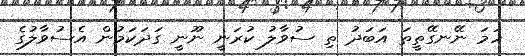
ހަމަ ނޭނގޭތީތަ އަބަދު ތި ސުވާލު ކުރަނީ ނޫނީ ގަދަކަމުން އެސުވާލުގެ